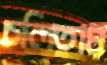
চলিতাম